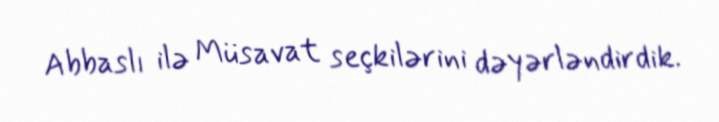
Abbaslı ilə Müsavat seçkilərini dəyərləndirdik.